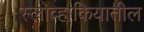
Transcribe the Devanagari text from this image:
स्लोव्हाकियातील